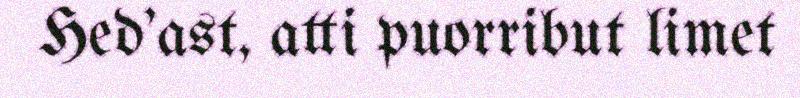
Hed'ast, atti puorribut limet